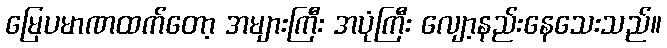
မြေပမာဏထက်တော့ အများကြီး အပုံကြီး လျော့နည်းနေသေးသည်။